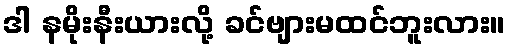
ဒါ နမိုးနီးယားလို့ ခင်ဗျားမထင်ဘူးလား။